Annual administration report of the Civil Veterinary Department of India - 1895-1896
Year: 1895
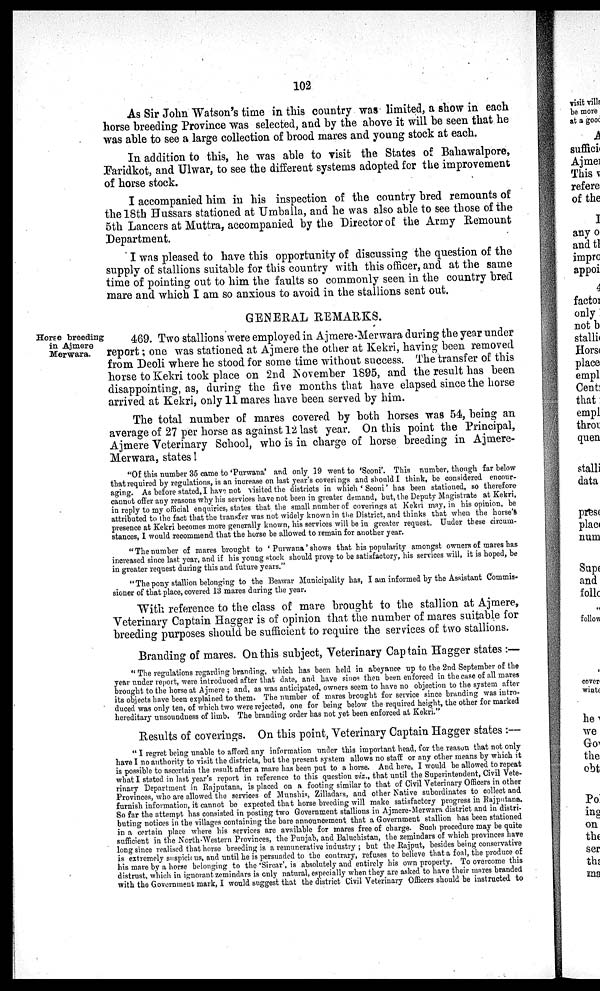
102
As Sir John Watson's time in this country was limited, a show in each
horse breeding Province was selected, and by the above it will be seen that he
was able to see a large collection of brood mares and young stock at each.
In addition to this, he was able to visit the States of Bahawalpore,
Faridkot, and Ulwar, to see the different systems adopted for the improvement
of horse stock.
I accompanied him in his inspection of the country bred remounts of
the 18th Hussars stationed at Umballa, and he was also able to see those of the
5th Lancers at Muttra, accompanied by the Director of the Army Remount
Department.
I was pleased to have this opportunity of discussing the question of the
supply of stallions suitable for this country with this officer, and at the same
time of pointing out to him the faults so commonly seen in the country bred
mare and which I am so anxious to avoid in the stallions sent out.
GENERAL REMARKS.
Horse breeding
in Ajmere
Merwara.
469. Two stallions were employed in Ajmere-Merwara during the year under
report; one was stationed at Ajmere the other at Kekri, having been removed
from Deoli where he stood for some time without success. The transfer of this
horse to Kekri took place on 2nd November 1895, and the result has been
disappointing, as, during the five months that have elapsed since the horse
arrived at Kekri, only 11 mares have been served by him.
The total number of mares covered by both horses was 54, being an
average of 27 per horse as against 12 last year. On this point the Principal,
Ajmere Veterinary School, who is in charge of horse breeding in Ajmere-
Merwara, states!
"Of this number 35 came to 'Purwana' and only 19 went to 'Seoni'. This number, though far below
that required by regulations, is an increase on last year's coverings and should I think, be considered encour-
aging. As before stated, I have not visited the districts in which 'Seoni' has been stationed, so therefore
cannot offer any reasons why his services have not been in greater demand, but, the Deputy Magistrate at Kekri,
in reply to my official enquiries, states that the small number of coverings at Kekri may, in his opinion, be
attributed to the fact that the transfer was not widely known in the District, and thinks that when the horse's
presence at Kekri becomes more generally known, his services will be in greater request. Under these circum-
stances, I would recommend that the horse be allowed to remain for another year.
"The number of mares brought to 'Purwana' shows that his popularity amongst owners of mares has
increased since last year, and if his young stock should prove to be satisfactory, his services will, it is hoped, be
in greater request during this and future years."
"The pony stallion belonging to the Beawar Municipality has, I am informed by the Assistant Commis-
sioner of that place, covered 13 mares daring the year.
With reference to the class of mare brought to the stallion at Ajmere,
Veterinary Captain Hagger is of opinion that the number of mares suitable for
breeding purposes should be sufficient to require the services of two stallions.
Branding of mares. On this subject, Veterinary Captain Hagger states :—
"The regulations regarding branding, which has been held in abeyance up to the 2nd September of the
year under report, were introduced after that date, and have since then been enforced in the case of all mares
brought to the horse at Ajmere; and, as was anticipated, owners seem to have no objection to the system after
its objects have been explained to them. The number of mares brought for service since branding was intro-
duced was only ten, of which two were rejected, one for being below the required height, the other for marked
hereditary unsoundness of limb, The branding order has not yet been enforced at Kekri."
Results of coverings. On this point, Veterinary Captain Hagger states :—
" I regret being unable to afford any information under this important head, for the reason that not only
have I no authority to visit the districts, but the present system allows no staff or any other means by which it
is possible to ascertain the result after a mare has been put to a horse. And here, I would be allowed to repeat
what I stated in last year's report in reference to this question viz., that until the Superintendent, Civil Vete-
rinary Department in Rajputana, is placed on a footing similar to that of Civil Veterinary Officers in other
Provinces, who are allowed the services of Munshis, Zilladars, and other Native subordinates to collect and
furnish information, it cannot be expected that horse breeding will make satisfactory progress in Rajputana.
So far the attempt has consisted in posting two Government stallions in Ajmere-Merwara district and in distri-
buting notices in the villages containing the bare announcement that a Government stallion has been stationed
in a certain place where his services are available for mares free of charge. Such procedure may be quite
sufficient in the North-Western Provinces, the Punjab, and Baluchistan, the zemindars of which provinces have
long since realised that horse breeding is a remunerative industry; but the Rajput, besides being conservative
is extremely suspicious, and until he is persuaded to the contrary, refuses to believe that a foal, the produce of
his mare by a horse belonging to the 'Sircar', is absolutely and entirely his own property. To overcome this
distrust, which in ignorant zemindars is only natural, especially when they are asked to have their mares branded
with the Government mark, I would suggest that the district Civil Veterinary Officers should be instructed to